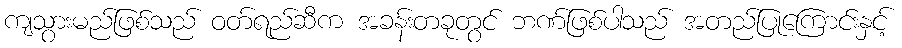
ကျသွားမည်ဖြစ်သည် ဝတ်ရည်ဆီက အခန်းတခုတွင် ဘဏ်ဖြစ်ပါသည် အတည်ပြုကြောင်းနှင့်